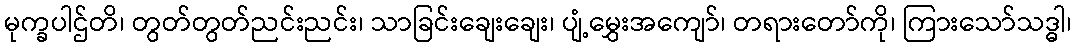
မုက္ခပါဌ်တိ၊ တွတ်တွတ်ညင်းညင်း၊ သာခြင်းချေးချေး၊ ပျံ့မွှေးအကျော်၊ တရားတော်ကို၊ ကြားသော်သဒ္ဓါ၊